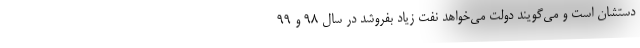
دستشان است و می‌گویند دولت می‌خواهد نفت زیاد بفروشد در سال 98 و 99